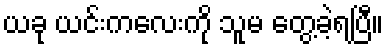
ယခု ယင်းကလေးကို သူမ တွေ့ခဲ့ရပြီ။